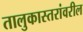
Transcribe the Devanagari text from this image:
तालुकास्तरांवरील